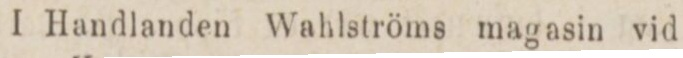
I Handlanden Wahlströms magasin vid